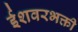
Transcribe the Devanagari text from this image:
ईशवरभक्ती